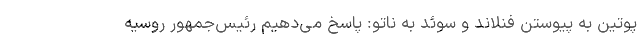
پوتین به پیوستن فنلاند و سوئد به ناتو: پاسخ می‌دهیم رئیس‌جمهور روسیه